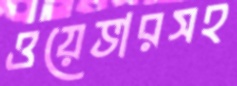
ওয়েভারসহ